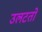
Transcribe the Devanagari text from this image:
उलटतो